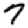
Digit: 7